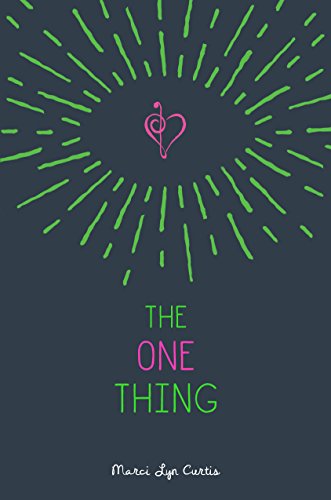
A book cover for The One Thing; Marci Lyn Curtis; Teen & Young Adult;